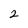
Character: 2